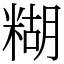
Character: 糊